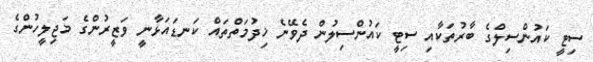
ސިޓީ ކައުންސިލްގެ ބާރުތަކާއި ސިޓީ ކައުންސިލުން ދެވޭނެ ޚިދުމަތްތައް ކަނޑައަޅާނީ ވަޒީރުންގެ މަޖިލީހުންގެ